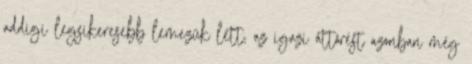
addigi legsikeresebb lemezük lett, az igazi áttörést azonban még